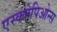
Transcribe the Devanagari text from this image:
एस्क्लेपिओन्स